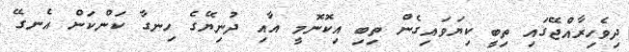
ދިވެހިރާއްޖޭގައި ތިބީ ކިޔަވައިގެން ތިބި އިކޮނޮމީ އާއި ދުނިޔޭގެ ހިނގާ ކަންކަން އެނގޭ